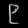
Digit: ၉